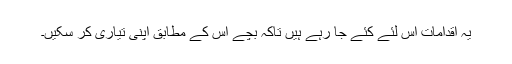
یہ اقدامات اس لئے کئے جا رہے ہیں تاکہ بچے اس کے مطابق اپنی تیاری کر سکیں۔